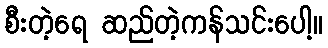
စီးတဲ့ရေ ဆည်တဲ့ကန်သင်းပေါ့။